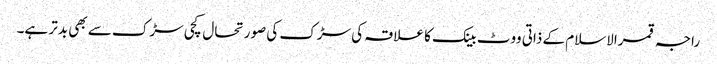
راجہ قمرالاسلام کے ذاتی ووٹ بینک کا علاقہ کی سڑک کی صورتحال کچی سڑک سے بھی بدتر ہے۔